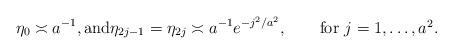
LaTeX: \begin{align*}\eta_0 \asymp a^{-1}, \mbox{and}\eta_{2j-1}=\eta_{2j} \asymp a^{-1} e^{-j^2/a^2}, \qquad\mbox{for $j=1,\ldots, a^2$}.\end{align*}